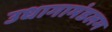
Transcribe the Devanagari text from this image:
उधागामंडलम